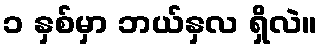
၁ နှစ်မှာ ဘယ်နှလ ရှိလဲ။